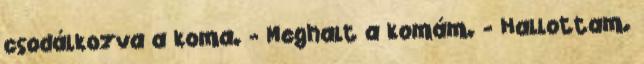
csodálkozva a koma. - Meghalt a komám. - Hallottam.